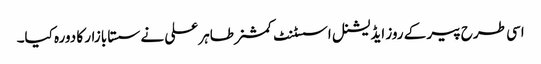
اسی طرح پیر کے روز ایڈیشنل اسسٹنٹ کمشنر طاہر علی نے سستا بازار کا دورہ کیا۔